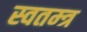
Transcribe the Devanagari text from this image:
स्वतम्त्र